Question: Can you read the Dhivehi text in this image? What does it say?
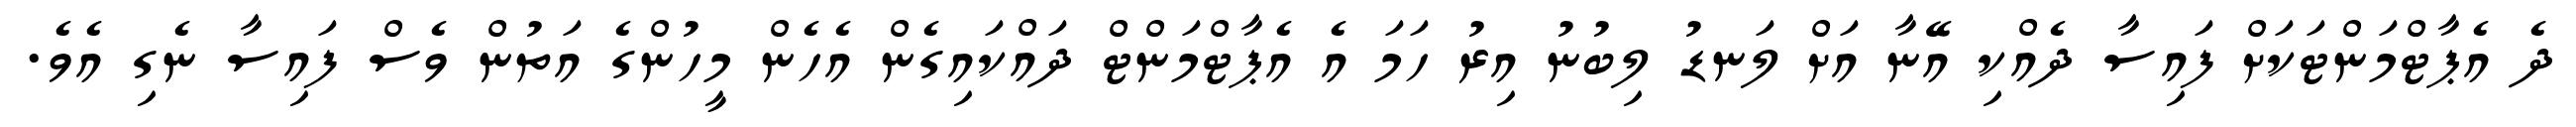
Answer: ދެ އެޕާޓްމަންޓަކަށް ފައިސާ ދެއްކި އޭނާ އަށް ލަނޑު ލިބުނު އިރު ހަމަ އެ އެޕާޓްމަންޓް ދައްކައިގެން އެހެން މީހުންގެ އަތުން ވެސް ފައިސާ ނެގި އެވެ.